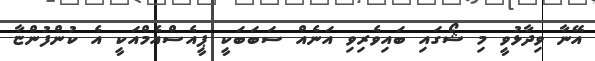
އޭނާ ވިދާޅުވީ މި ޝޯގައި ބައިވެރިވި އަނެއް ސަބަބަކީ ޕީއެސްއެމްއަކީ އެ ކުންފުންޏާ